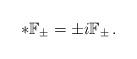
LaTeX: \begin{align*}*\mathbb{F}_\pm=\pm i\mathbb{F}_\pm\,.\end{align*}